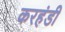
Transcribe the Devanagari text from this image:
करहंडी